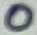
Text: 0